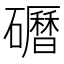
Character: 𱵃